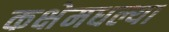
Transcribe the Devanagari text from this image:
कक्षेमधल्या